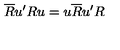
\overline { { R } } u ^ { \prime } R u = u \overline { { R } } u ^ { \prime } R